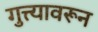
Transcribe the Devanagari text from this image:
गुत्त्यावरून